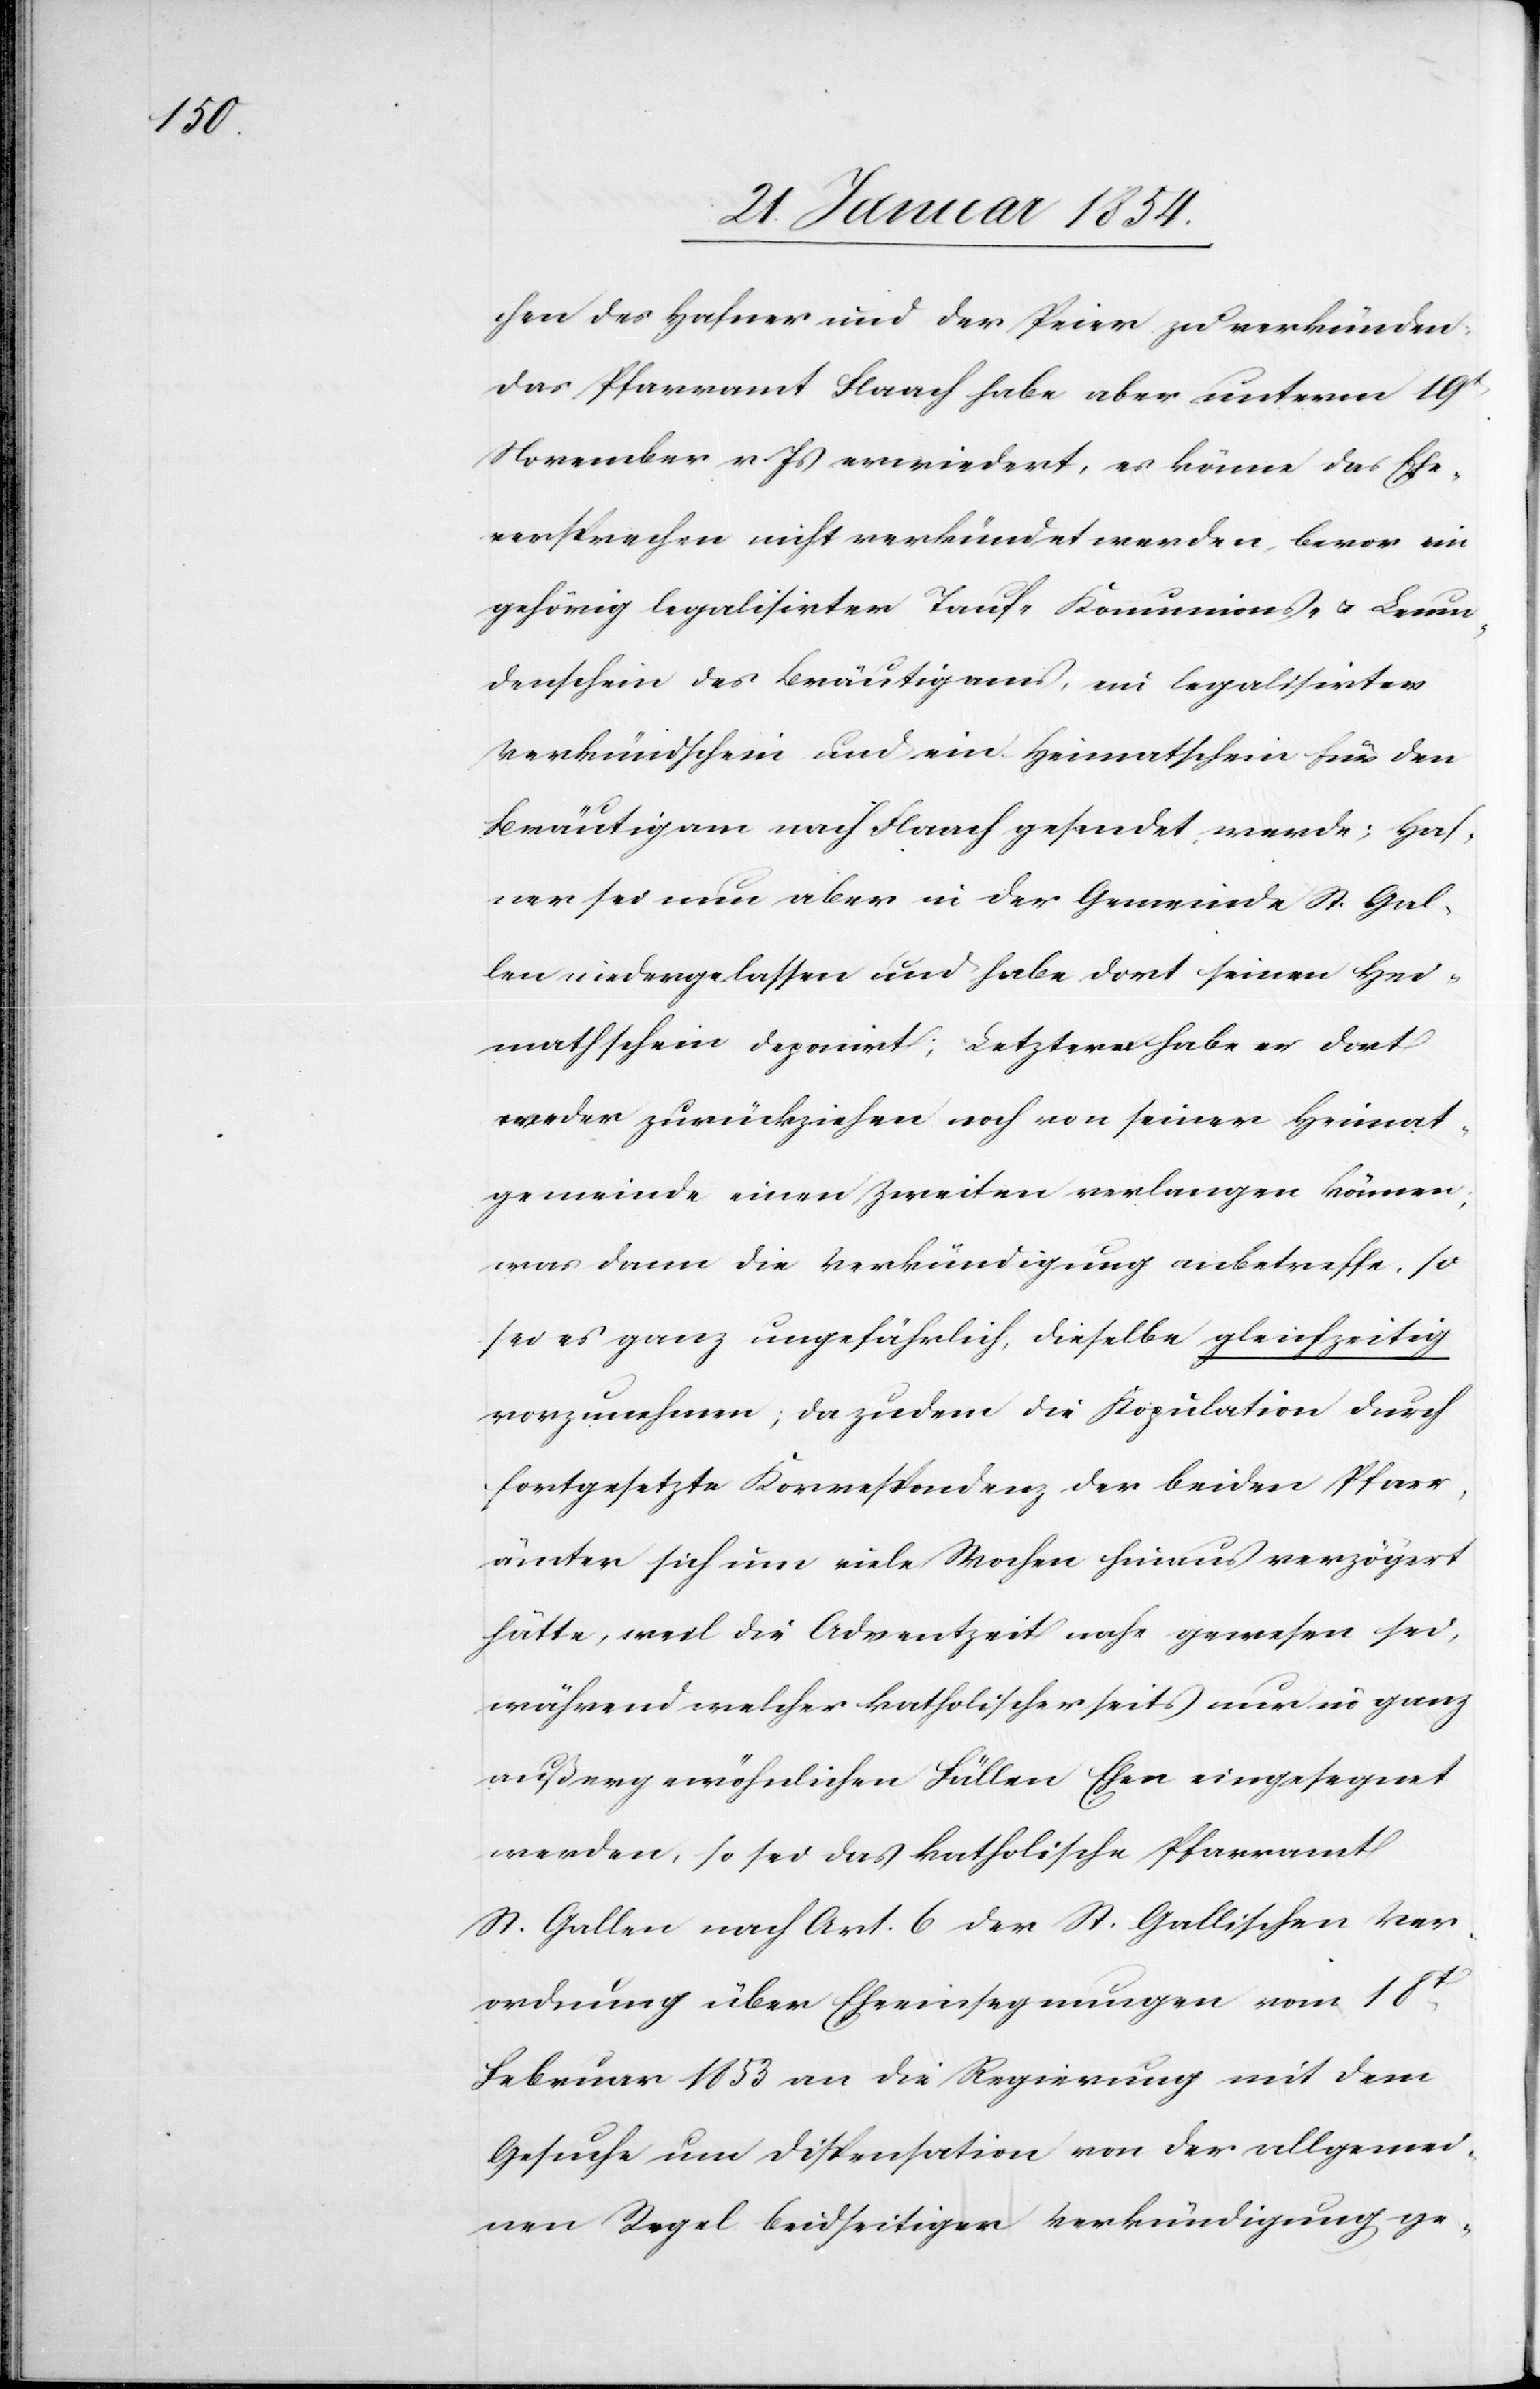
chen des Hafner und der Peier zu verkünden:
Das Pfarramt Flaach habe aber unterm 19t
November v. Js erwiedert, es könne das Ehe¬
versprechen nicht verkündet werden, bevor ein
gehörig legalisirter Tauf-[,] Kommunions- u. Leum¬
denschein des Bräutigams, ein legalisirter
Verkündschein und ein Heimatschein für den
Bräutigam nach Flaach gesendet werde; Haf¬
ner sei nun aber in der Gemeinde St. Gal¬
len niedergelassen und habe dort seinen Hei¬
mathschein deponirt; Letzterer habe er dort
weder zurückziehen noch von seiner Heimat¬
gemeinde einen Zweiten verlangen können;
was dann die Verkündigung anbetreffe, so
sei es ganz ungefährlich, dieselbe gleichzeitig
vorzunehmen; da zudem die Kopulation durch
fortgesetzte Korrespondenz der beiden Pfarr¬
ämter sich nun viele Wochen hinaus verzögert
hätte, weil die Adventszeit nahe gewesen sei,
während welcher katholischerseits nur in ganz
außergewöhnlichen Fällen Ehen eingesegnet
werden, so sei das katholische Pfarramt
St. Gallen nach Art. 6 der St. Gallischen Ver¬
ordnung über Eheeinsegnungen vom 18t
Februar 1853 an die Regierung mit dem
Gesuche um Dispensation von der allgemei¬
nen Regel beidseitiger Verkündigung ge-